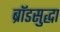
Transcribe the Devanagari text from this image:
ब्रॉडसुद्धा